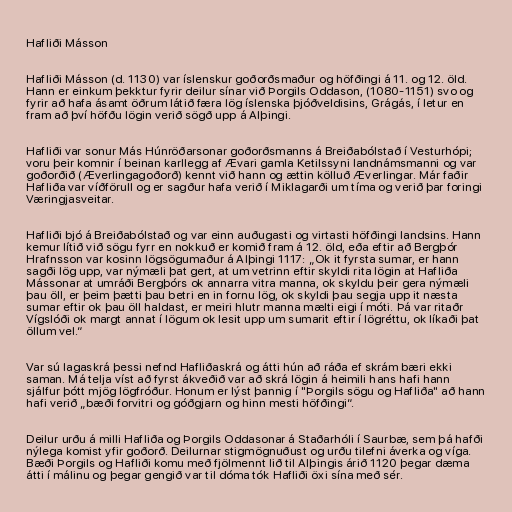
Hafliði Másson

Hafliði Másson (d. 1130) var íslenskur goðorðsmaður og höfðingi á 11. og 12. öld.
Hann er einkum þekktur fyrir deilur sínar við Þorgils Oddason, (1080-1151) svo og
fyrir að hafa ásamt öðrum látið færa lög íslenska þjóðveldisins, Grágás, í letur en
fram að því höfðu lögin verið sögð upp á Alþingi.

Hafliði var sonur Más Húnröðarsonar goðorðsmanns á Breiðabólstað í Vesturhópi;
voru þeir komnir í beinan karllegg af Ævari gamla Ketilssyni landnámsmanni og var
goðorðið (Æverlingagoðorð) kennt við hann og ættin kölluð Æverlingar. Már faðir
Hafliða var víðförull og er sagður hafa verið í Miklagarði um tíma og verið þar foringi
Væringjasveitar.

Hafliði bjó á Breiðabólstað og var einn auðugasti og virtasti höfðingi landsins. Hann
kemur lítið við sögu fyrr en nokkuð er komið fram á 12. öld, eða eftir að Bergþór
Hrafnsson var kosinn lögsögumaður á Alþingi 1117: „Ok it fyrsta sumar, er hann
sagði lög upp, var nýmæli þat gert, at um vetrinn eftir skyldi rita lögin at Hafliða
Mássonar at umráði Bergþórs ok annarra vitra manna, ok skyldu þeir gera nýmæli
þau öll, er þeim þætti þau betri en in fornu lög, ok skyldi þau segja upp it næsta
sumar eftir ok þau öll haldast, er meiri hlutr manna mælti eigi í móti. Þá var ritaðr
Vígslóði ok margt annat í lögum ok lesit upp um sumarit eftir í lögréttu, ok líkaði þat
öllum vel.“

Var sú lagaskrá þessi nefnd Hafliðaskrá og átti hún að ráða ef skrám bæri ekki
saman. Má telja víst að fyrst ákveðið var að skrá lögin á heimili hans hafi hann
sjálfur þótt mjög lögfróður. Honum er lýst þannig í "Þorgils sögu og Hafliða" að hann
hafi verið „bæði forvitri og góðgjarn og hinn mesti höfðingi“.

Deilur urðu á milli Hafliða og Þorgils Oddasonar á Staðarhóli í Saurbæ, sem þá hafði
nýlega komist yfir goðorð. Deilurnar stigmögnuðust og urðu tilefni áverka og víga.
Bæði Þorgils og Hafliði komu með fjölmennt lið til Alþingis árið 1120 þegar dæma
átti í málinu og þegar gengið var til dóma tók Hafliði öxi sína með sér.